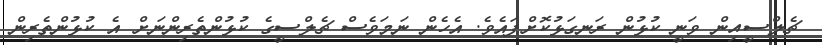
ޗެލްސީއިން ވަނީ ކުޅުން ރަނގަޅުކޮށްފައެވެ. އެހެން ނަމަވެސް ޗެލްސީގެ ކުޅުންތެރިންނަށް އެ ކުޅުންތެރިން